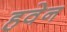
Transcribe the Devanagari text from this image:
हवेन